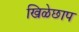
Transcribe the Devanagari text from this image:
खिळेछाप